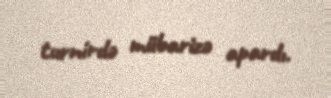
turnirdə mübarizə apardı.